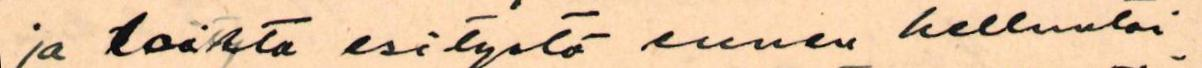
ja toista esitystä ennen helluntai-